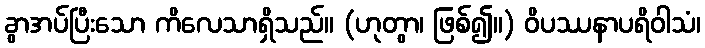
ခွာအပ်ပြီးသော ကိလေသာရှိသည်။ (ဟုတွာ၊ ဖြစ်၍။) ဝိပဿနာပရိဝါသံ၊